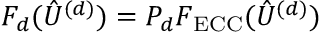
F _ { d } ( \hat { U } ^ { ( d ) } ) = P _ { d } F _ { \mathrm { E C C } } ( \hat { U } ^ { ( d ) } )